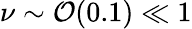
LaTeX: \nu\sim\mathcal{O}(0.1)\ll 1